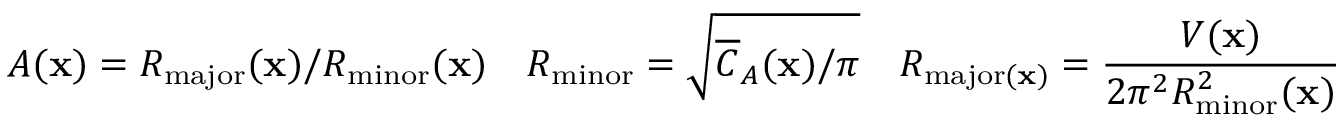
A ( \mathbf { x } ) = R _ { \mathrm { m a j o r } } ( \mathbf { x } ) / R _ { \mathrm { m i n o r } } ( \mathbf { x } ) \quad R _ { \mathrm { m i n o r } } = \sqrt { \overline { { C } } _ { A } ( \mathbf { x } ) / \pi } \quad R _ { \mathrm { m a j o r } ( \mathbf { x } ) } = \frac { V ( \mathbf { x } ) } { 2 \pi ^ { 2 } R _ { \mathrm { m i n o r } } ^ { 2 } ( \mathbf { x } ) }